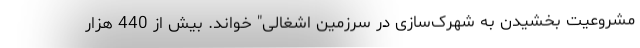
مشروعیت بخشیدن به شهرک‌سازی در سرزمین اشغالی" خواند. بیش از 440 هزار